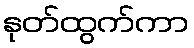
နုတ်ထွက်ကာ